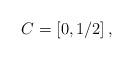
LaTeX: \begin{align*} C = \left[0,1/2\right],\end{align*}